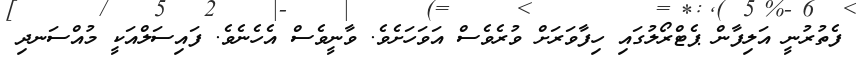
ފެތުރުނީ އަލިފާން ޕެޓްރޯލުގައި ހިފާވަރަށް ވުރެވެސް އަވަހަށެވެ. ވާނީވެސް އެހެނެވެ. ފައިސަލްއަކީ މުއްސަނދި